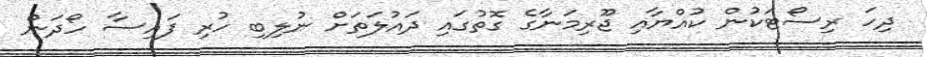
ދިހަ ރިސޯޓަކުން ކުއްޔާއި ޖޫރިމަނާގެ ގޮތުގައި ދައުލަތަށް ނުލިބި ހުރި ފައިސާ ހޯދަން